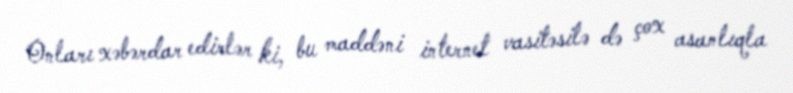
Onları xəbərdar edirlər ki, bu maddəni internet vasitəsilə də çox asanlıqla